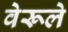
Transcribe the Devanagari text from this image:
वेरूले